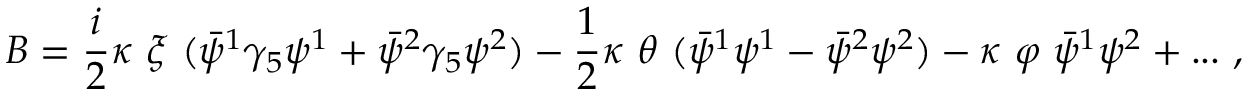
B = { \frac { i } { 2 } } \kappa \ \xi \ ( \bar { \psi } ^ { 1 } \gamma _ { 5 } \psi ^ { 1 } + \bar { \psi } ^ { 2 } \gamma _ { 5 } \psi ^ { 2 } ) - { \frac { 1 } { 2 } } \kappa \ \theta \ ( \bar { \psi } ^ { 1 } \psi ^ { 1 } - \bar { \psi } ^ { 2 } \psi ^ { 2 } ) - \kappa \ \varphi \ \bar { \psi } ^ { 1 } \psi ^ { 2 } + . . . \ , \,